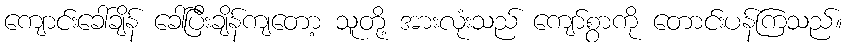
ကျောင်းခေါ်ချိန် ခေါ်ပြီးချိန်ကျတော့ သူတို့ အားလုံးသည် ကျော်စွာကို တောင်းပန်ကြသည်။